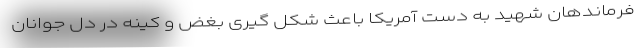
فرماندهان شهید به دست آمریکا باعث شکل گیری بغض و کینه در دل جوانان